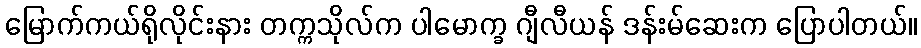
မြောက်ကယ်ရိုလိုင်းနား တက္ကသိုလ်က ပါမောက္ခ ဂျီလီယန် ဒန်းမ်ဆေးက ပြောပါတယ်။